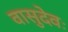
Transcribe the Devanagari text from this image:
वासुदेवः